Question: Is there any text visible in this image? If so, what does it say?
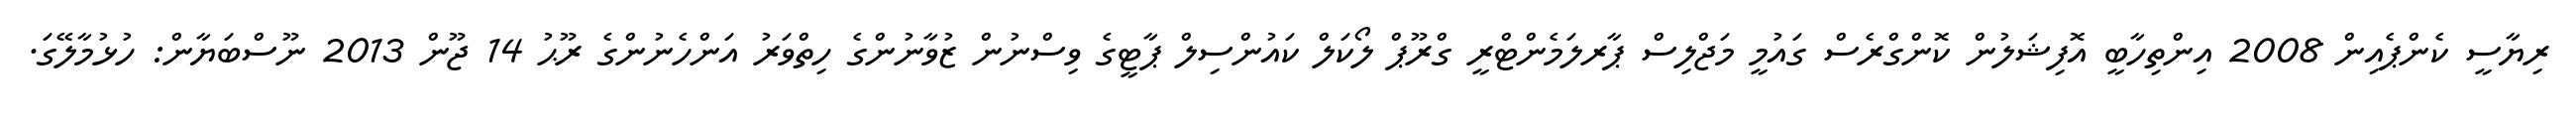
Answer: ރިޔާސީ ކެންޕެއިން 2008 އިންތިހާބީ އޮފިޝަލުން ކޮންގްރެސް ގައުމީ މަޖްލިސް ޕާރލަމެންޓްރީ ގްރޫޕް ލޯކަލް ކައުންސިލް ޕާޓީގެ ވިސްނުން ޒުވާނުންގެ ހިތްވަރު އަންހެނުންގެ ރޫޙު 14 ޖޫން 2013 ނޫސްބަޔާން: ހުޅުމާލޭގަ.